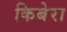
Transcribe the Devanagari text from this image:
किबेरा